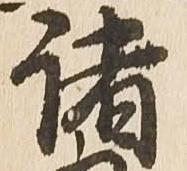
諸